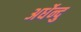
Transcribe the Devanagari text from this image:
अर्धेन्दु